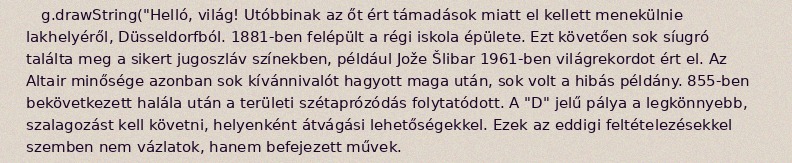
g.drawString("Helló, világ! Utóbbinak az őt ért támadások miatt el kellett menekülnie lakhelyéről, Düsseldorfból. 1881-ben felépült a régi iskola épülete. Ezt követően sok síugró találta meg a sikert jugoszláv színekben, például Jože Šlibar 1961-ben világrekordot ért el. Az Altair minősége azonban sok kívánnivalót hagyott maga után, sok volt a hibás példány. 855-ben bekövetkezett halála után a területi szétaprózódás folytatódott. A "D" jelű pálya a legkönnyebb, szalagozást kell követni, helyenként átvágási lehetőségekkel. Ezek az eddigi feltételezésekkel szemben nem vázlatok, hanem befejezett művek.